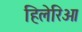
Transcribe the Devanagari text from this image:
हिलेरिओ